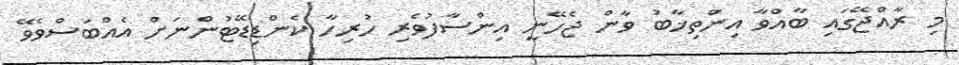
މި ރާއްޖޭގައި ބާއްވާ އިންތިޚާބު ވާން ޖެހޭނީ އިންސާފުވެރި ހުރިހާ ކެންޑިޑޭޓުންނަށް އެއްބަސްވެވޭ